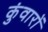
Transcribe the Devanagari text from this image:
कुंवारों